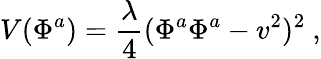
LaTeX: V(\Phi^{a})=\frac{\lambda}{4}(\Phi^{a}\Phi^{a}-v^{2})^{2}\ ,